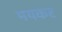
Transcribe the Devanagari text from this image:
मयकर